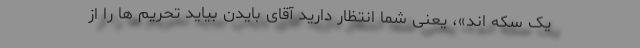
یک سکه اند»، یعنی شما انتظار دارید آقای بایدن بیاید تحریم ها را از